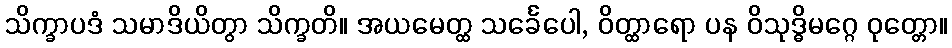
သိက္ခာပဒံ သမာဒိယိတွာ သိက္ခတိ။ အယမေတ္ထ သင်္ခေပေါ, ဝိတ္ထာရော ပန ဝိသုဒ္ဓိမဂ္ဂေ ဝုတ္တော။